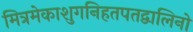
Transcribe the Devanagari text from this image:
मित्रमेकाशुगनिहतपतद्वालिनो